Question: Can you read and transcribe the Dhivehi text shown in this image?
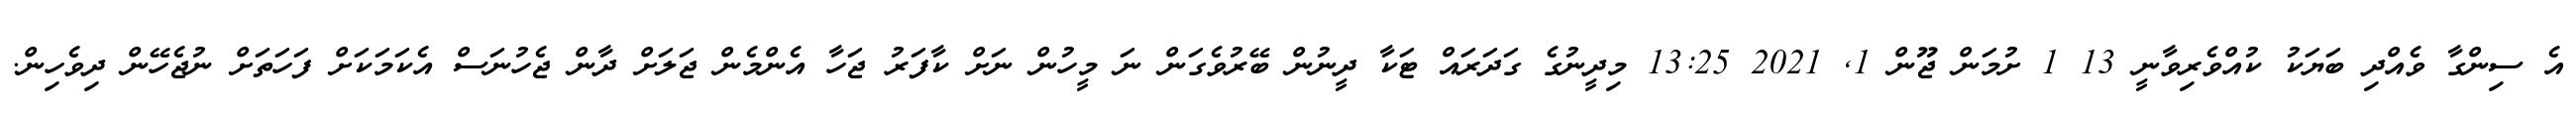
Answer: އެ ސިންގާ ވެއްދި ބަޔަކު ކުއްވެރިވާނީ 13 1 ށުމަން ޖޫން 1, 2021 13:25 މިދީނުގެ ގަދަރައް ޓަކާ ދީނުން ބޭރުވެގަން ނަ މީހުން ނަށް ކާފަރު ޖަހާ އެންމެން ޖަލަށް ދާން ޖެހުނަސް އެކަމަކަށް ފަހަތަށް ނުޖެހޭން ދިވެހިން.